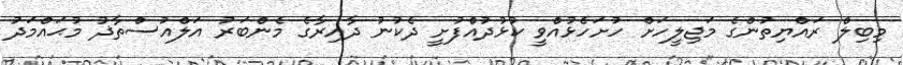
މިބިލް ރައްޔިތުންގެ މަޖިލީހަށް ހުށަހެޅުއްވީ ކުޅުދުއްފުށީ ދެކުނު ދާއިރާގެ މެންބަރު އަލްއުސްތާޛު މުޙައްމަދު